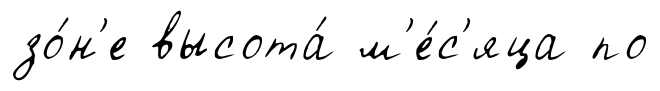
зо́н'е высота́ м'е́с'яца по